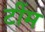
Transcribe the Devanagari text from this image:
टींम